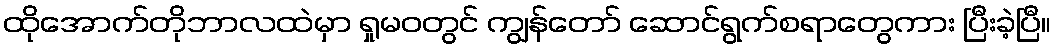
ထိုအောက်တိုဘာလထဲမှာ ရှုမဝတွင် ကျွန်တော် ဆောင်ရွက်စရာတွေကား ပြီးခဲ့ပြီ။